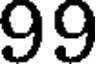
99